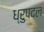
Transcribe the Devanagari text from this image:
ध्रुपदल